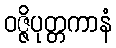
ဝဇ္ဇိပုတ္တကာနံ